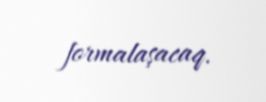
formalaşacaq.